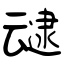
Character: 叇